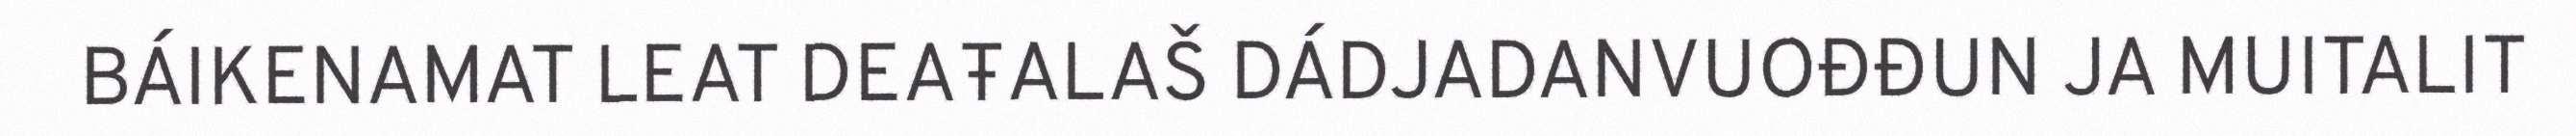
BÁIKENAMAT LEAT DEAŦALAŠ DÁDJADANVUOĐĐUN JA MUITALIT